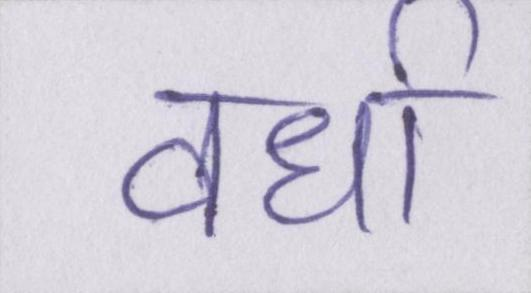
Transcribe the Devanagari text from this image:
वर्धा